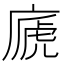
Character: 𢊀